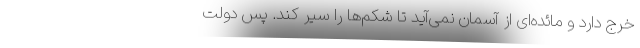
خرج دارد و مائده‌ای از آسمان نمی‌آید تا شکم‌ها را سیر کند. پس دولت